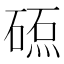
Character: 𥔕